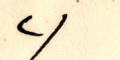
٦